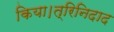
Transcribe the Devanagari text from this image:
किया।त्रिनिदाद